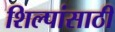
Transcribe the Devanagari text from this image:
शिल्पांसाठी